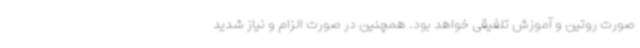
صورت روتین و آموزش تلفیقی خواهد بود. همچنین در صورت الزام و نیاز شدید